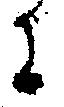
に